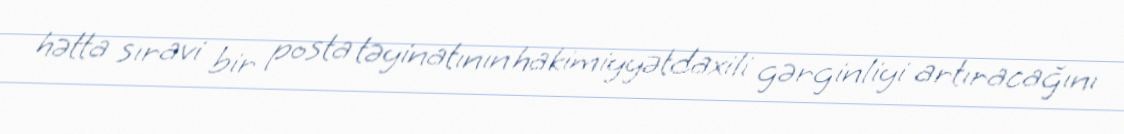
hətta sıravi bir posta təyinatının hakimiyyətdaxili gərginliyi artıracağını